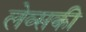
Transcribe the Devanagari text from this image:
लेव्‍सकी